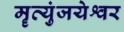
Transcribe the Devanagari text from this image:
मॄत्युंजयेश्वर